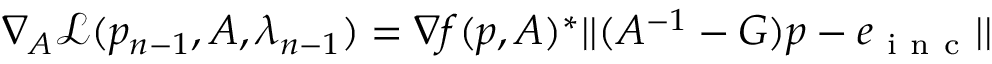
\nabla _ { A } \mathcal { L } ( p _ { n - 1 } , A , \lambda _ { n - 1 } ) = \nabla f ( p , A ) ^ { * } | | ( A ^ { - 1 } - G ) p - e _ { \mathrm { ~ i ~ n ~ c ~ } } | |